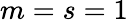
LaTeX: m=s=1